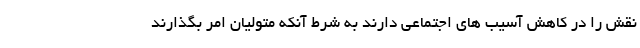
نقش را در کاهش آسیب های اجتماعی دارند به شرط آنکه متولیان امر بگذارند